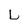
Character: L